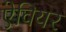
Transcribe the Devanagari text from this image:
ऐवियर